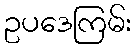
ဥပဒေကြမ်း